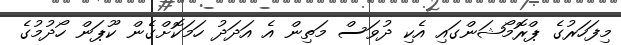
މިފަހަރުގެ ޕްރޮމޯޝަންގައި އެކި ދުވަސް މަތިން އެ އަދަދު ހަމަކޮށްގެން ކޫޕަން ހޯދުމުގެ